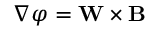
\nabla \varphi = \mathbf { W } \times \mathbf B